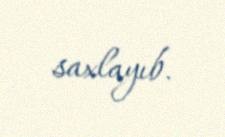
saxlayıb.